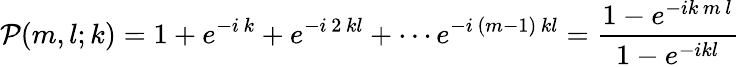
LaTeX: \mathcal{P}(m,l;k)=1+e^{-i\, k}+e^{-i\, 2\, kl}+\cdots e^{-i\, (m-1)\, kl}=\frac{1-e^{-ik\, m\, l}}{1-e^{-ikl}}